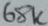
Text: 68K